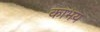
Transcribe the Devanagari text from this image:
काभय